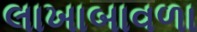
લાખાબાવળા